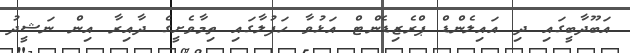
އަބޫދާބީގައި ދި އައިލެންޑް ޕްރެޒިޑެންޓް އަޅުވާ ހަފުލާގައި ތިމާވެށީގެ ދާއިރާ އިން ނަޝީދު